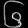
Digit: ၆